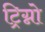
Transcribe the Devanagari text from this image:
ट्रिग्नो